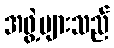
အဖွဲ့များသည်